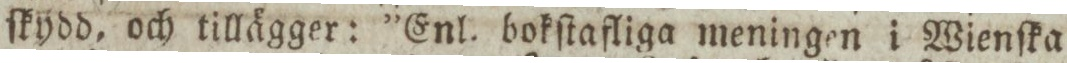
ſkydd, och tillägger: ”Enl. bokſtafliga meningen i Wienſka